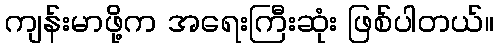
ကျန်းမာဖို့က အရေးကြီးဆုံး ဖြစ်ပါတယ်။